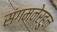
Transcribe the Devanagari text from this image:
संगमनेरहुन